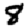
Digit: 8